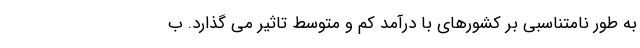
به طور نامتناسبی بر کشورهای با درآمد کم و متوسط تاثیر می گذارد. ب